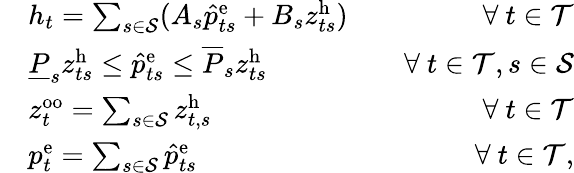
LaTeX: \begin{array}{rlr}&{h_{t}=\sum_{s\in\mathcal{S}}(A_{s}\hat{p}_{ts}^{\mathrm{{e}}}+B_{s}z_{ts}^{\mathrm{h}})}&{\quad\forall~t\in\mathcal{T}}\\ &{\underline{{P}}_{s}z_{ts}^{\mathrm{{h}}}\leq\hat{p}_{ts}^{\mathrm{e}}\leq\overline{{P}}_{s}z_{ts}^{\mathrm{{h}}}}&{\quad\forall~t\in\mathcal{T},s\in\mathcal{S}}\\ &{z_{t}^{\mathrm{oo}}=\sum_{s\in\mathcal{S}}z_{t,s}^{\mathrm{{h}}}}&{\quad\forall~t\in\mathcal{T}}\\ &{p_{t}^{\mathrm{e}}=\sum_{s\in\mathcal{S}}\hat{p}_{ts}^{\mathrm{{e}}}}&{\forall~t\in\mathcal{T},}\end{array}